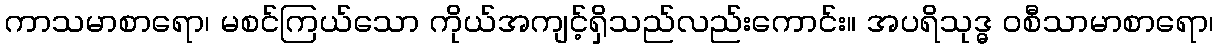
ကာသမာစာရော၊ မစင်ကြယ်သော ကိုယ်အကျင့်ရှိသည်လည်းကောင်း။ အပရိသုဒ္ဓ ဝစီသာမာစာရော၊